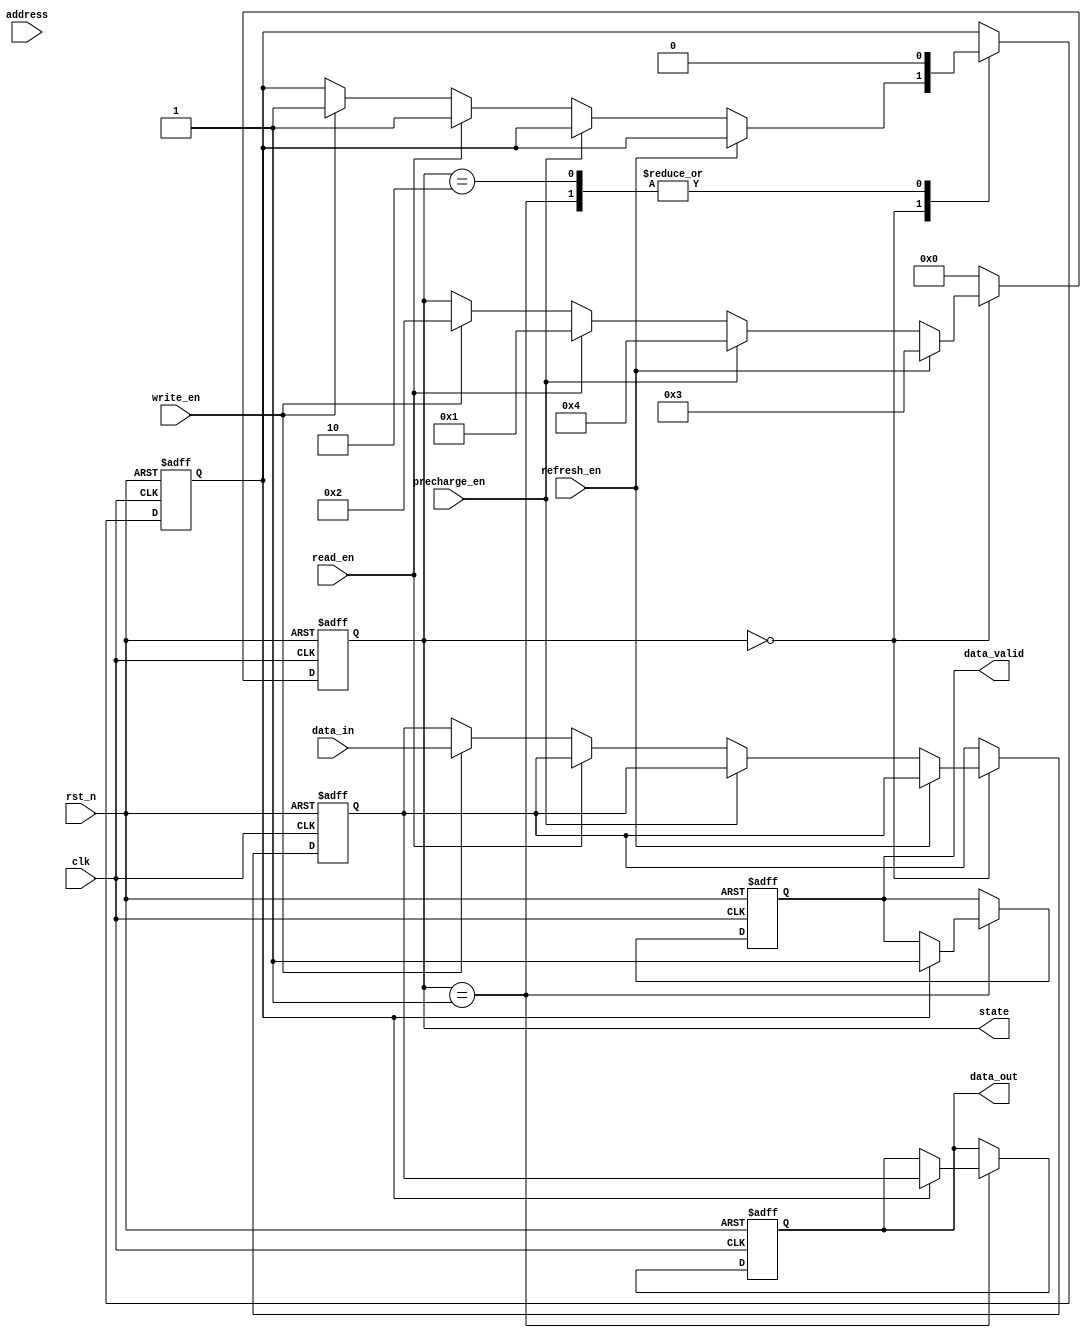
module sdram_io_block (
    input wire clk,               // Clock signal
    input wire rst_n,             // Active low reset
    input wire [31:0] data_in,    // Input data from the bus
    output reg [31:0] data_out,    // Output data to the bus
    input wire [15:0] address,     // Address input
    input wire read_en,            // Read enable signal
    input wire write_en,           // Write enable signal
    input wire refresh_en,         // Refresh signal
    input wire precharge_en,       // Precharge signal
    output reg data_valid,         // Data valid signal
    output reg [3:0] state        // Current state of the FSM
);

// Define states
localparam IDLE        = 4'b0000;
localparam READ        = 4'b0001;
localparam WRITE       = 4'b0010;
localparam REFRESH     = 4'b0011;
localparam PRECHARGE   = 4'b0100;

// Internal signals
reg [31:0] data_buffer;          // Buffer for data input
reg [15:0] address_latch;        // Latch for address
reg cmd_ready;                   // Command readiness flag

// State machine for SDRAM operations
always @(posedge clk or negedge rst_n) begin
    if (!rst_n) begin
        state <= IDLE;
        data_out <= 32'b0;
        data_valid <= 1'b0;
        cmd_ready <= 1'b0;
        address_latch <= 16'b0;
        data_buffer <= 32'b0;
    end else begin
        case (state)
            IDLE: begin
                if (refresh_en) begin
                    state <= REFRESH;
                end else if (precharge_en) begin
                    state <= PRECHARGE;
                end else if (read_en) begin
                    state <= READ;
                    address_latch <= address; // Latch address for read
                    cmd_ready <= 1'b1;
                end else if (write_en) begin
                    state <= WRITE;
                    address_latch <= address; // Latch address for write
                    data_buffer <= data_in;    // Store data in buffer
                    cmd_ready <= 1'b1;
                end
            end

            READ: begin
                if (cmd_ready) begin
                    // Simulate reading data from memory
                    data_out <= data_buffer; // Output the data read
                    data_valid <= 1'b1;      // Indicate data is valid
                    cmd_ready <= 1'b0;       // Reset command ready flag
                end
                state <= IDLE; // Go back to IDLE after read
            end

            WRITE: begin
                if (cmd_ready) begin
                    // Simulate writing data to memory
                    // Here, we would write data_buffer to the memory at address_latch
                    cmd_ready <= 1'b0; // Reset command ready flag
                end
                state <= IDLE; // Go back to IDLE after write
            end

            REFRESH: begin
                // Simulate refresh operation
                // Here, implementation for refresh would go
                state <= IDLE; // Go back to IDLE after refresh
            end
            
            PRECHARGE: begin
                // Simulate precharge operation
                // Here, implementation for precharge would go
                state <= IDLE; // Go back to IDLE after precharge
            end

            default: state <= IDLE; // Default to IDLE
        endcase
    end
end

// Tri-state control for data output
assign data_output = (data_valid) ? data_out : 32'bz; // Tri-state output control

endmodule